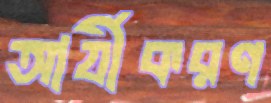
আর্যীকরণ